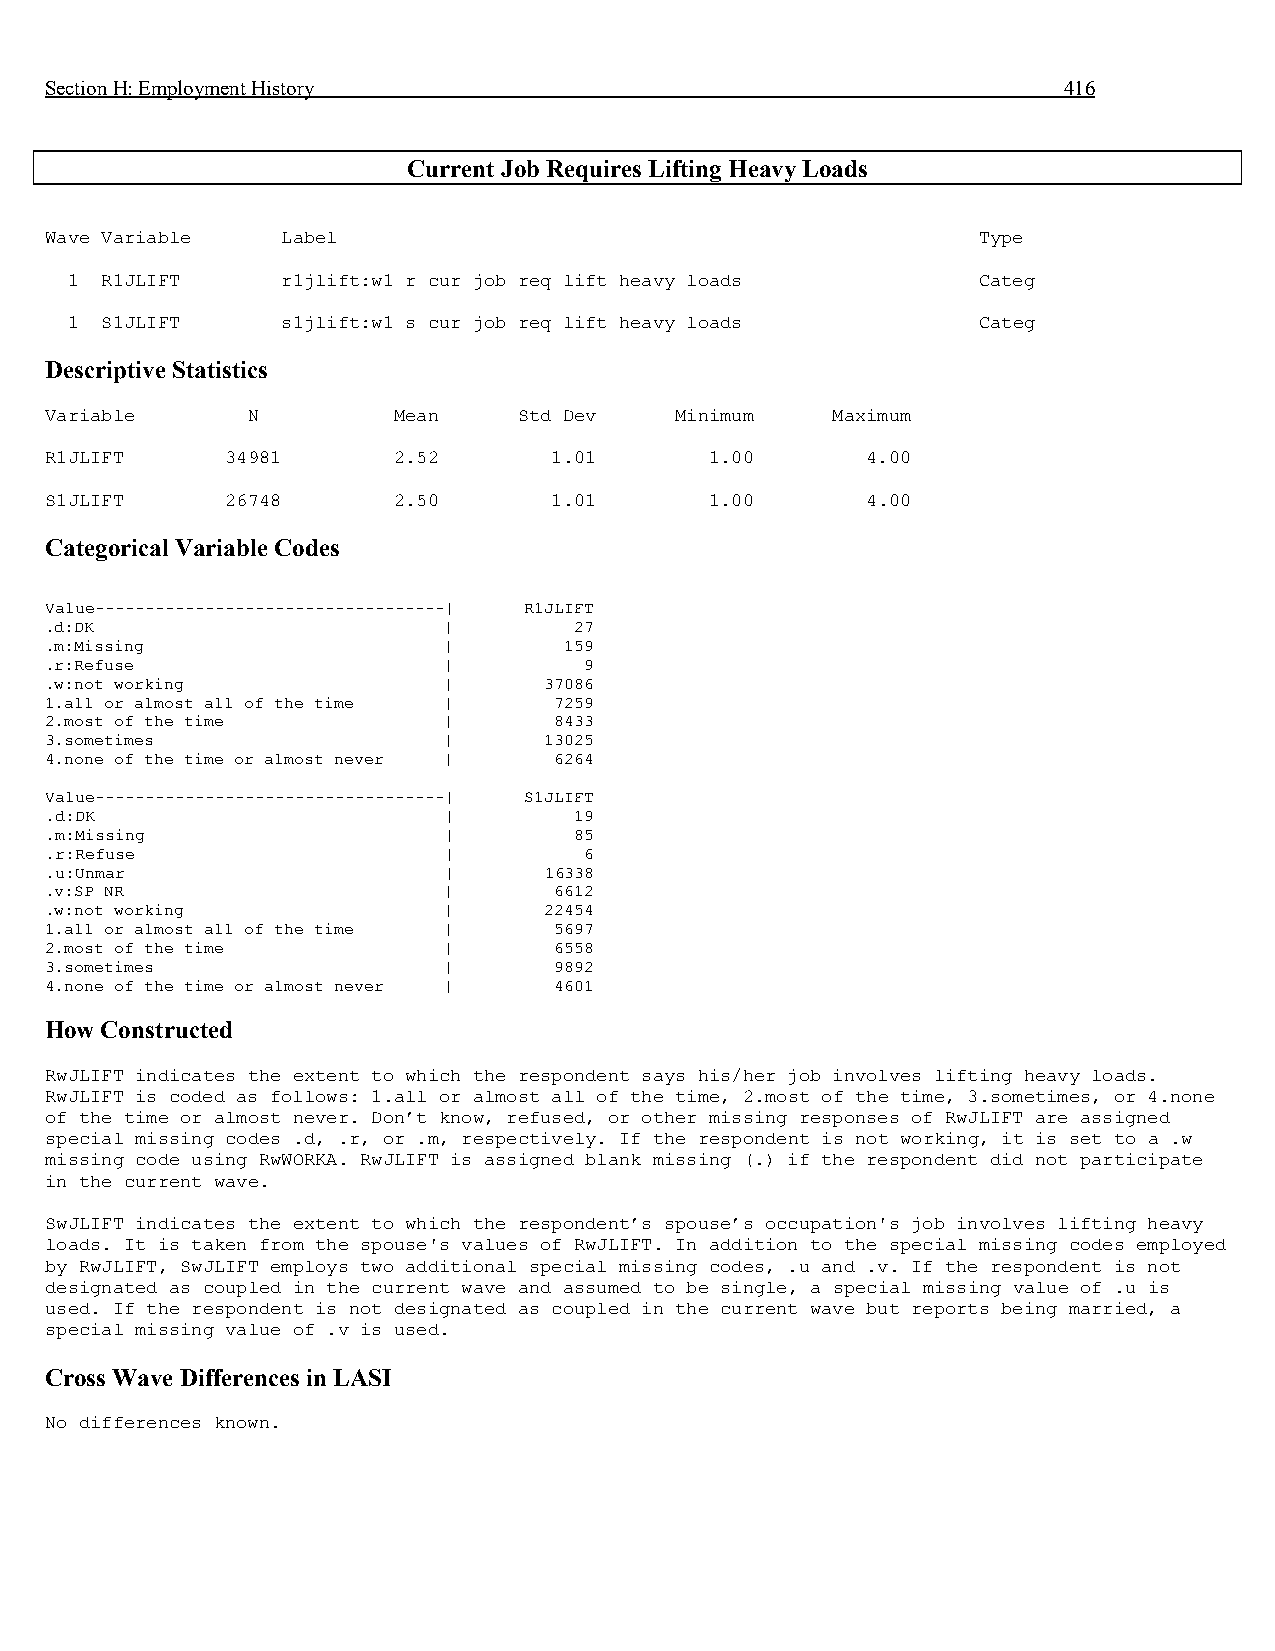
Section H: Employment History                                      416
 Current Job Requires Lifting Heavy Loads
 Wave Variable   Label                                         Type
 1  R1JLIFT     r1jlift:w1 r cur job req lift heavy loads     Categ
 1  S1JLIFT     s1jlift:w1 s cur job req lift heavy loads     Categ
 Descriptive Statistics
 Variable     N         Mean    Std Dev    Minimum   Maximum
 R1JLIFT     34981      2.52      1.01       1.00      4.00
 S1JLIFT     26748      2.50      1.01       1.00      4.00
 Categorical Variable Codes
 Value-----------------------------------| R1JLIFT
 .d:DK                     |        27
 .m:Missing                |       159
 .r:Refuse                 |         9
 .w:not working            |      37086
 1.all or almost all of the time | 7259
 2.most of the time        |       8433
 3.sometimes               |      13025
 4.none of the time or almost never | 6264
 Value-----------------------------------| S1JLIFT
 .d:DK                     |        19
 .m:Missing                |        85
 .r:Refuse                 |         6
 .u:Unmar                  |      16338
 .v:SP NR                  |       6612
 .w:not working            |      22454
 1.all or almost all of the time | 5697
 2.most of the time        |       6558
 3.sometimes               |       9892
 4.none of the time or almost never | 4601
 How Constructed
 RwJLIFT indicates the extent to which the respondent says his/her job involves lifting heavy loads.
 RwJLIFT is coded as follows: 1.all or almost all of the time, 2.most of the time, 3.sometimes, or 4.none
 of the time or almost never. Don’t know, refused, or other missing responses of RwJLIFT are assigned
 special missing codes .d, .r, or .m, respectively. If the respondent is not working, it is set to a .w
 missing code using RwWORKA. RwJLIFT is assigned blank missing (.) if the respondent did not participate
 in the current wave.
 SwJLIFT indicates the extent to which the respondent’s spouse’s occupation's job involves lifting heavy
 loads. It is taken from the spouse's values of RwJLIFT. In addition to the special missing codes employed
 by RwJLIFT, SwJLIFT employs two additional special missing codes, .u and .v. If the respondent is not
 designated as coupled in the current wave and assumed to be single, a special missing value of .u is
 used. If the respondent is not designated as coupled in the current wave but reports being married, a
 special missing value of .v is used.
 Cross Wave Differences in LASI
 No differences known.